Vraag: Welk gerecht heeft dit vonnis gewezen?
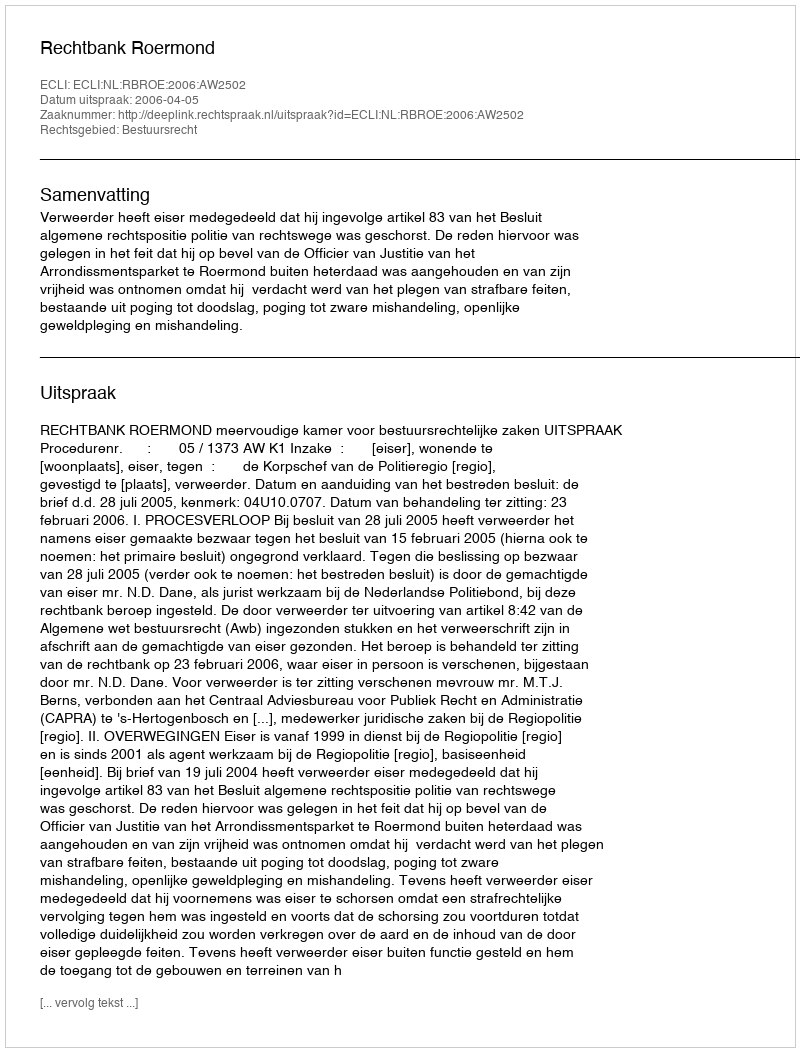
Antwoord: Rechtbank Roermond